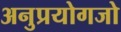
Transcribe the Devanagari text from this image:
अनुप्रयोगजो